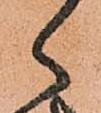
ゝ